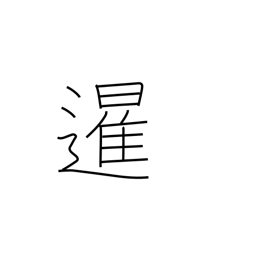
Meaning: sunrise